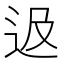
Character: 﨤